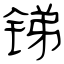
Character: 锑